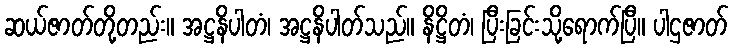
ဆယ်ဇာတ်တို့တည်း။ အဋ္ဌနိပါတံ၊ အဋ္ဌနိပါတ်သည်။ နိဋ္ဌိတံ၊ ပြီးခြင်းသို့ရောက်ပြီ။ ပါဌဇာတ်